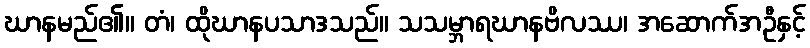
ဃာနမည်၏။ တံ၊ ထိုဃာနပသာဒသည်။ သသမ္ဘာရဃာနဗိလဿ၊ အဆောက်အဦနှင့်